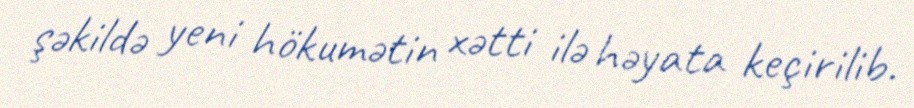
şəkildə yeni hökumətin xətti ilə həyata keçirilib.